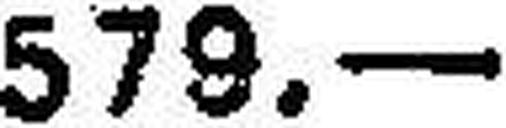
579.—